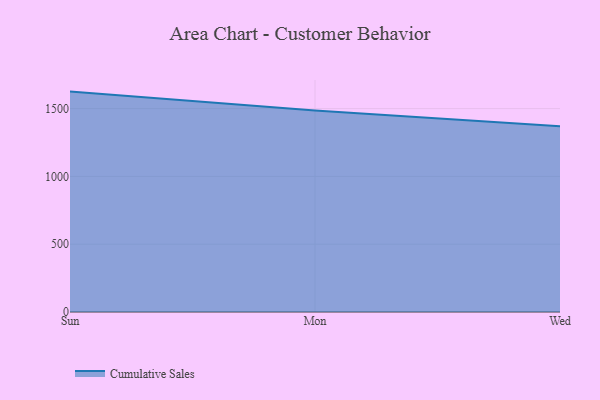
{"axis": {"x": "Day", "y": "Customer Acquisition Cost (USD)"}, "legend": ["Cumulative Sales"], "data": [{"x": "Sun", "y": 1625.4, "type": "Cumulative Sales"}, {"x": "Mon", "y": 1486.0, "type": "Cumulative Sales"}, {"x": "Wed", "y": 1369.1, "type": "Cumulative Sales"}]}